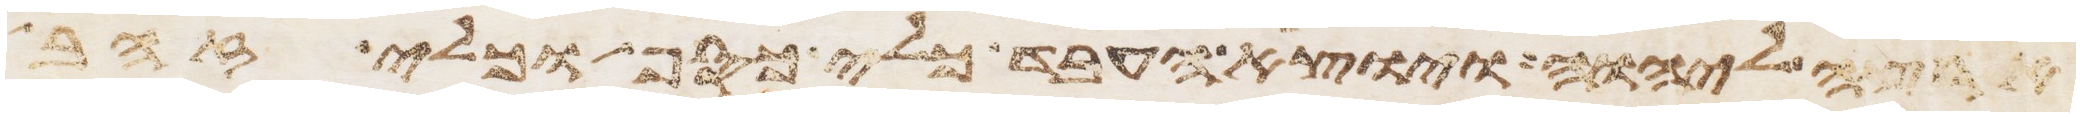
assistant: ליהוה ויוצא העבד כלי כסף וכלי זהב